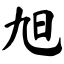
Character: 旭